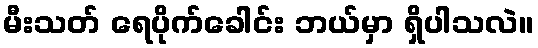
မီးသတ် ရေပိုက်ခေါင်း ဘယ်မှာ ရှိပါသလဲ။